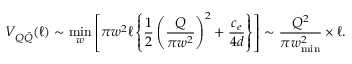
V _ { Q \bar { Q } } ( \ell ) \sim \operatorname * { m i n } _ { w } \left[ \pi w ^ { 2 } \ell \left\{ \frac { 1 } { 2 } \left( \frac { Q } { \pi w ^ { 2 } } \right) ^ { 2 } + \frac { c _ { e } } { 4 d } \right\} \right] \sim \frac { Q ^ { 2 } } { \pi w _ { \mathrm { m i n } } ^ { 2 } } \times \ell .